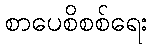
စာပေစိစစ်ရေး